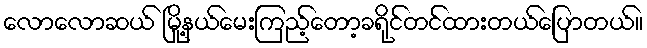
လောလောဆယ် မြို့နယ်မေးကြည့်တော့ခရိုင်တင်ထားတယ်ပြောတယ်။